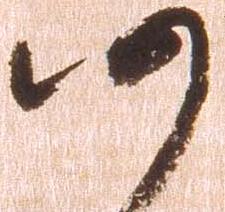
仍